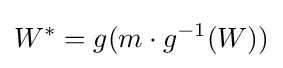
W^{*}=g(m\cdot g^{-1}(W))